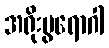
အရိုးပွရောဂါ